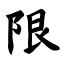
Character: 限